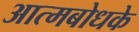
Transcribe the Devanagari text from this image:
आत्मबोधके